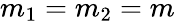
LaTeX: m_{1}=m_{2}=m